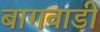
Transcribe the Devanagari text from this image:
बागवाडी